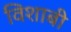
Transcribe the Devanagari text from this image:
विशाबी